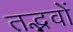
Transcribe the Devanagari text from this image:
तद्भवों